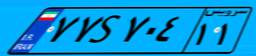
۳۹S۰۷۱۱۶